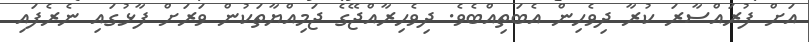
އަށް ފުރައްސާރަ ކުރާ ދިވެހިން އެބަތިއްބެވެ. ދިވެހިރާއްޖޭގެ ޖަމިއްޔާތަކުން ވަރަށް ފާޅުގައި ނެރެފައި